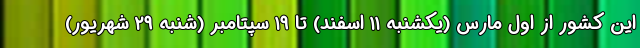
این کشور از اول مارس (یکشنبه ۱۱ اسفند) تا ۱۹ سپتامبر (شنبه ۲۹ شهریور)